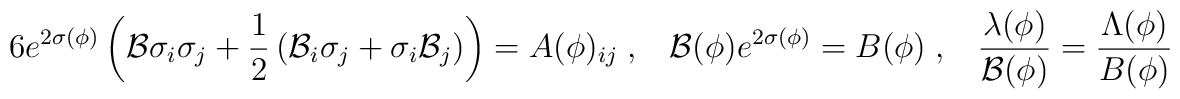
6 e^{2\sigma(\phi)}\left({\cal B} \sigma_i \sigma_j+ \frac{1}{2}\left({\cal B}_i \sigma_j +\sigma_i{\cal B}_j \right) \right)=A(\phi)_{i j}\;,\;\;\;{\cal B}(\phi)e^{2\sigma(\phi)}= B(\phi)\;,\;\;\;\frac{ \lambda(\phi)}{{\cal B}(\phi)}=\frac{\Lambda(\phi)}{B(\phi)}